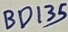
Text: BD135